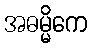
အဓမ္မိကေ